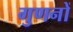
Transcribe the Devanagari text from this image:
गुणनों